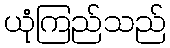
ယုံကြည်သည်